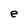
Character: e